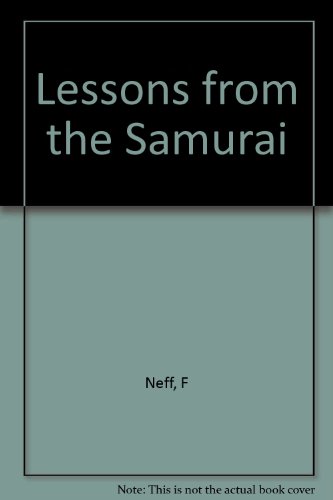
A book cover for Lessons from the Samurai: Ancient Self-Defense Strategies and Techniques; Fred Neff; Teen & Young Adult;